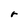
Character: r